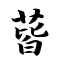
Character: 蒈